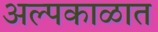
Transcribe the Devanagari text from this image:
अल्पकाळात